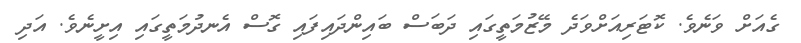
ގެއަށް ވަނެވެ. ކޮޓަރިއަށްވަދެ މޭޒުމަތީގައި ދަބަސް ބައިންދައިފައި ގޮސް އެނދުމަތީގައި އިށީނެވެ. އަދި